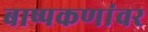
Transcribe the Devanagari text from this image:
बाष्पकणांवर